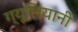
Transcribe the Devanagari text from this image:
ग्यूलियानी